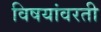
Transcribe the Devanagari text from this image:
विषयांवरती